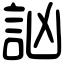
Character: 訩